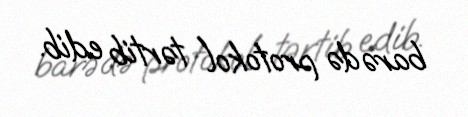
barədə protokol tərtib edib.